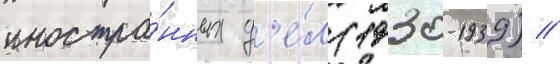
иностра́нных д'е́л (1930-1939) //